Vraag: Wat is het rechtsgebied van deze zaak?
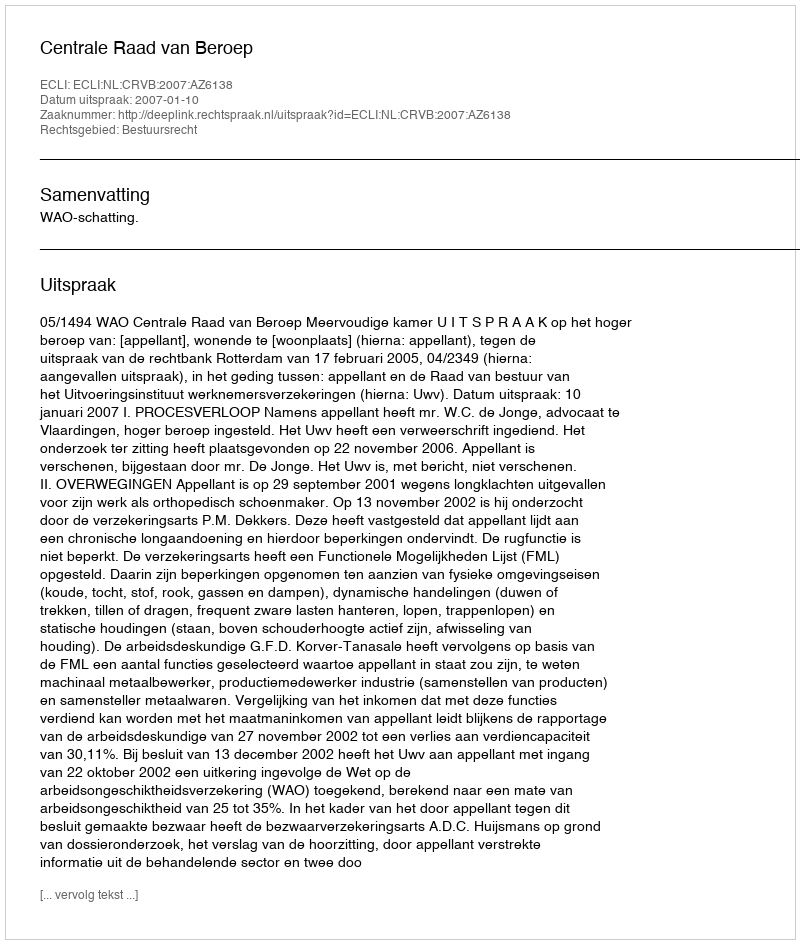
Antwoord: Bestuursrecht